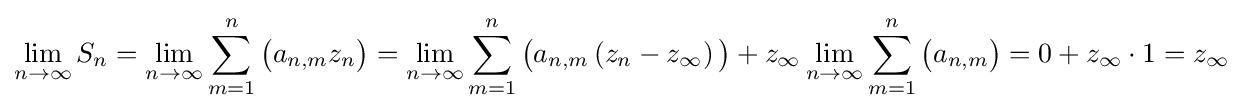
\lim _{n\to \infty }S_{n}=\lim _{n\to \infty }\sum _{m=1}^{n}{\big (}a_{n,m}z_{n}{\big )}=\lim _{n\to \infty }\sum _{m=1}^{n}{\big (}a_{n,m}\left(z_{n}-z_{\infty }\right){\big )}+z_{\infty }\lim _{n\to \infty }\sum _{m=1}^{n}{\big (}a_{n,m}{\big )}=0+z_{\infty }\cdot 1=z_{\infty }